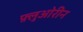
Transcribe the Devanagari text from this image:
फ़्लुओरीन